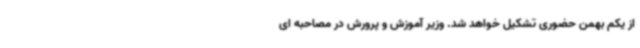
از یکم بهمن حضوری تشکیل خواهد شد. وزیر آموزش و پرورش در مصاحبه ای